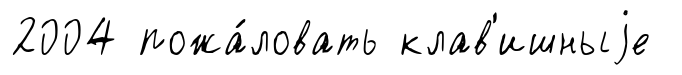
2004 пожа́ловать клав'ишныjе